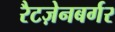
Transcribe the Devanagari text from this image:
रैटज़ेनबर्गर